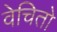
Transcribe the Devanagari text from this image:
वेचितो